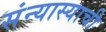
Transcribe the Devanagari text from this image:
संन्यास्याची